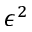
\epsilon ^ { 2 }